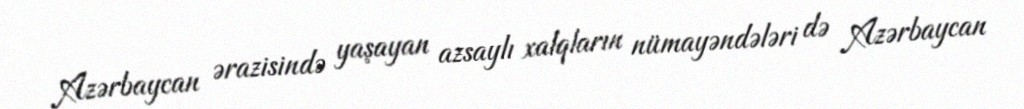
Azərbaycan ərazisində yaşayan azsaylı xalqların nümayəndələri də Azərbaycan